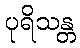
ပုရိသန္တ